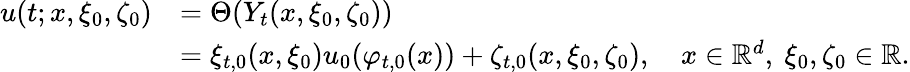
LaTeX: \begin{array}{rl}{u(t;x,\xi_{0},\zeta_{0})}&{=\Theta(Y_{t}(x,\xi_{0},\zeta_{0}))}\\ &{=\xi_{t,0}(x,\xi_{0})u_{0}(\varphi_{t,0}(x))+\zeta_{t,0}(x,\xi_{0},\zeta_{0}),\quad x\in\mathbb{R}^{d},\ \xi_{0},\zeta_{0}\in\mathbb{R}.}\end{array}